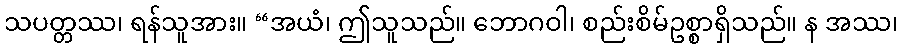
သပတ္တဿ၊ ရန်သူအား။ “အယံ၊ ဤသူသည်။ ဘောဂဝါ၊ စည်းစိမ်ဥစ္စာရှိသည်။ န အဿ၊